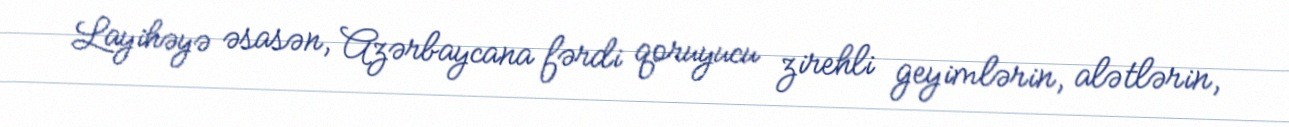
Layihəyə əsasən, Azərbaycana fərdi qoruyucu zirehli geyimlərin, alətlərin,